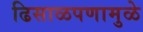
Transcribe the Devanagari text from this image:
ढिसाळपणामुळे